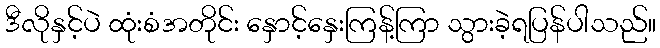
ဒီလိုနှင့်ပဲ ထုံးစံအတိုင်း နှောင့်နှေးကြန့်ကြာ သွားခဲ့ရပြန်ပါသည်။